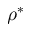
\rho ^ { * }